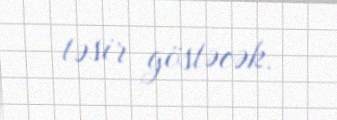
təsir göstəcək.